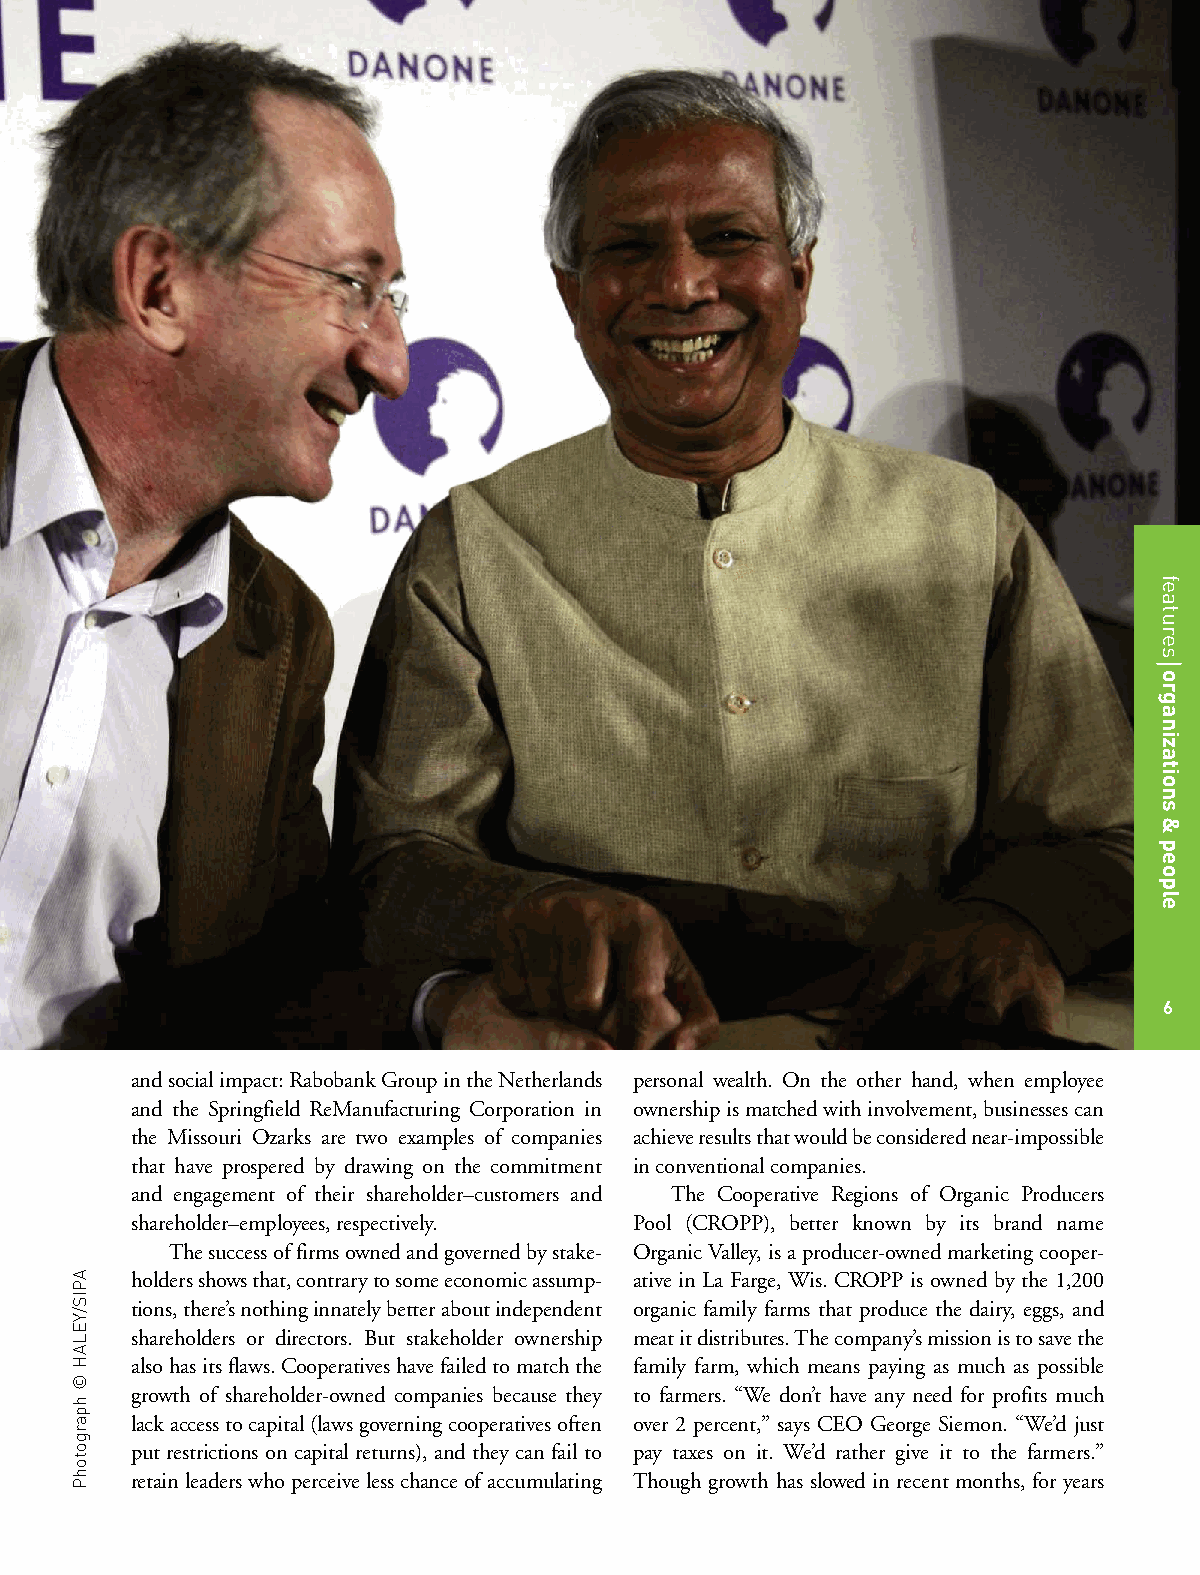
6
 andsocialimpact:RabobankGroupintheNetherlands personal wealth. On the other hand, when employee
 and the Springfield ReManufacturing Corporation in ownershipismatchedwithinvolvement,businessescan
 the Missouri Ozarks are two examples of companies achieveresultsthatwouldbeconsiderednear-impossible
 that have prospered by drawing on the commitment inconventionalcompanies.
 and engagement of their shareholder–customers and The Cooperative Regions of Organic Producers
 shareholder–employees,respectively. Pool (CROPP), better known by its brand name
 Thesuccessoffirmsownedandgovernedbystake- OrganicValley,isaproducer-ownedmarketingcooper-
 holdersshowsthat,contrarytosomeeconomicassump- ative in La Farge, Wis. CROPP is owned by the 1,200
 tions,there’snothinginnatelybetteraboutindependent organic family farms that produce the dairy, eggs, and
 shareholders or directors. But stakeholder ownership meatitdistributes.Thecompany’smissionistosavethe
 alsohasitsflaws.Cooperativeshavefailedtomatchthe family farm, which means paying as much as possible
 growth of shareholder-owned companies because they to farmers. “We don’t have any need for profits much
 lackaccesstocapital(lawsgoverningcooperativesoften over 2 percent,” says CEO George Siemon. “We’d just
 put restrictions on capital returns), and they can fail to pay taxes on it. We’d rather give it to the farmers.”
 retainleaderswhoperceivelesschanceofaccumulating Though growth has slowed in recent months, for years
 APIS/YELAH©hpargotohP
 features
 organizations&people